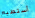
أستطيع